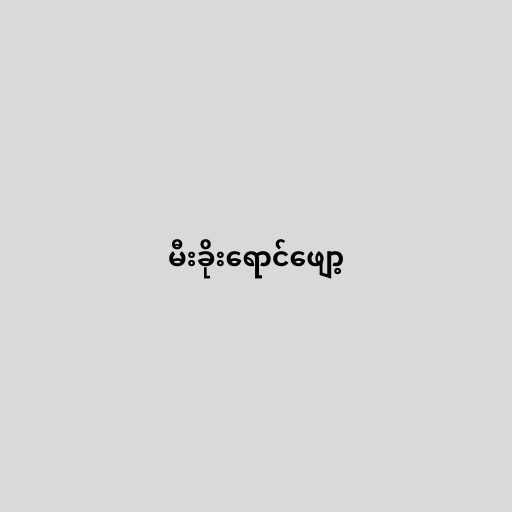
မီးခိုးရောင်ဖျော့